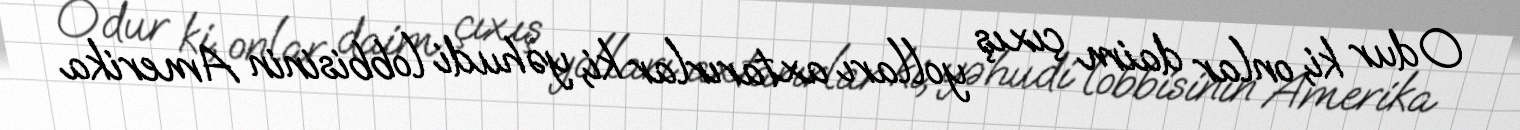
Odur ki, onlar daim çıxış yolları axtarırlar ki, yəhudi lobbisinin Amerika